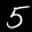
Label: 5